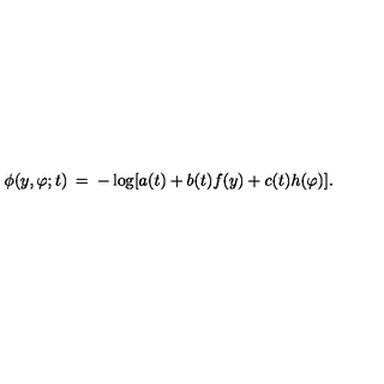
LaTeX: \phi ( y , \varphi ; t ) \: = \: - \log [ a ( t ) + b ( t ) f ( y ) + c ( t ) h ( \varphi ) ] .